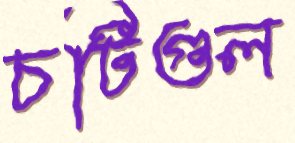
চটিগুল